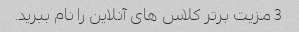
3 مزیت برتر کلاس های آنلاین را نام ببرید.